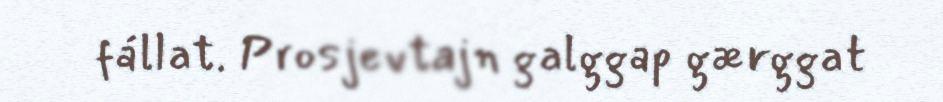
fállat. Prosjevtajn galggap gærggat